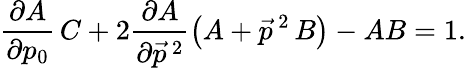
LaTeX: \frac{\partial A}{\partial p_{0}}\, C+2\frac{\partial A}{\partial\vec{p}\, {}^{2}}\left(A+\vec{p}\, {}^{2}\, B\right)-AB=1.